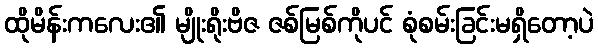
ထိုမိန်းကလေး၏ မျိုးရိုးဗိဇ ဇစ်မြစ်ကိုပင် စုံစမ်းခြင်းမရှိတော့ပဲ